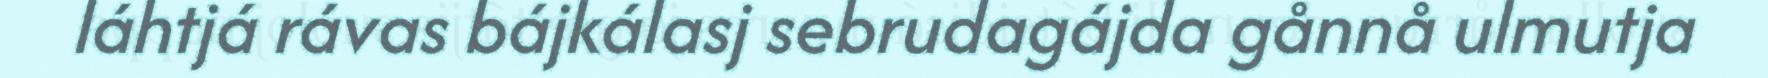
láhtjá rávas bájkálasj sebrudagájda gånnå ulmutja